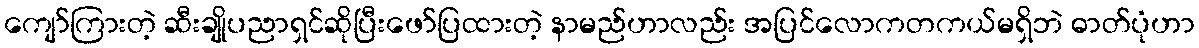
ကျော်ကြားတဲ့ ဆီးချိုပညာရှင်ဆိုပြီးဖော်ပြထားတဲ့ နာမည်ဟာလည်း အပြင်လောကတကယ်မရှိဘဲ ဓာတ်ပုံဟာ